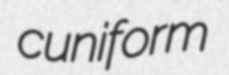
cuniform